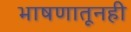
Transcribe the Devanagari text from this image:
भाषणातूनही